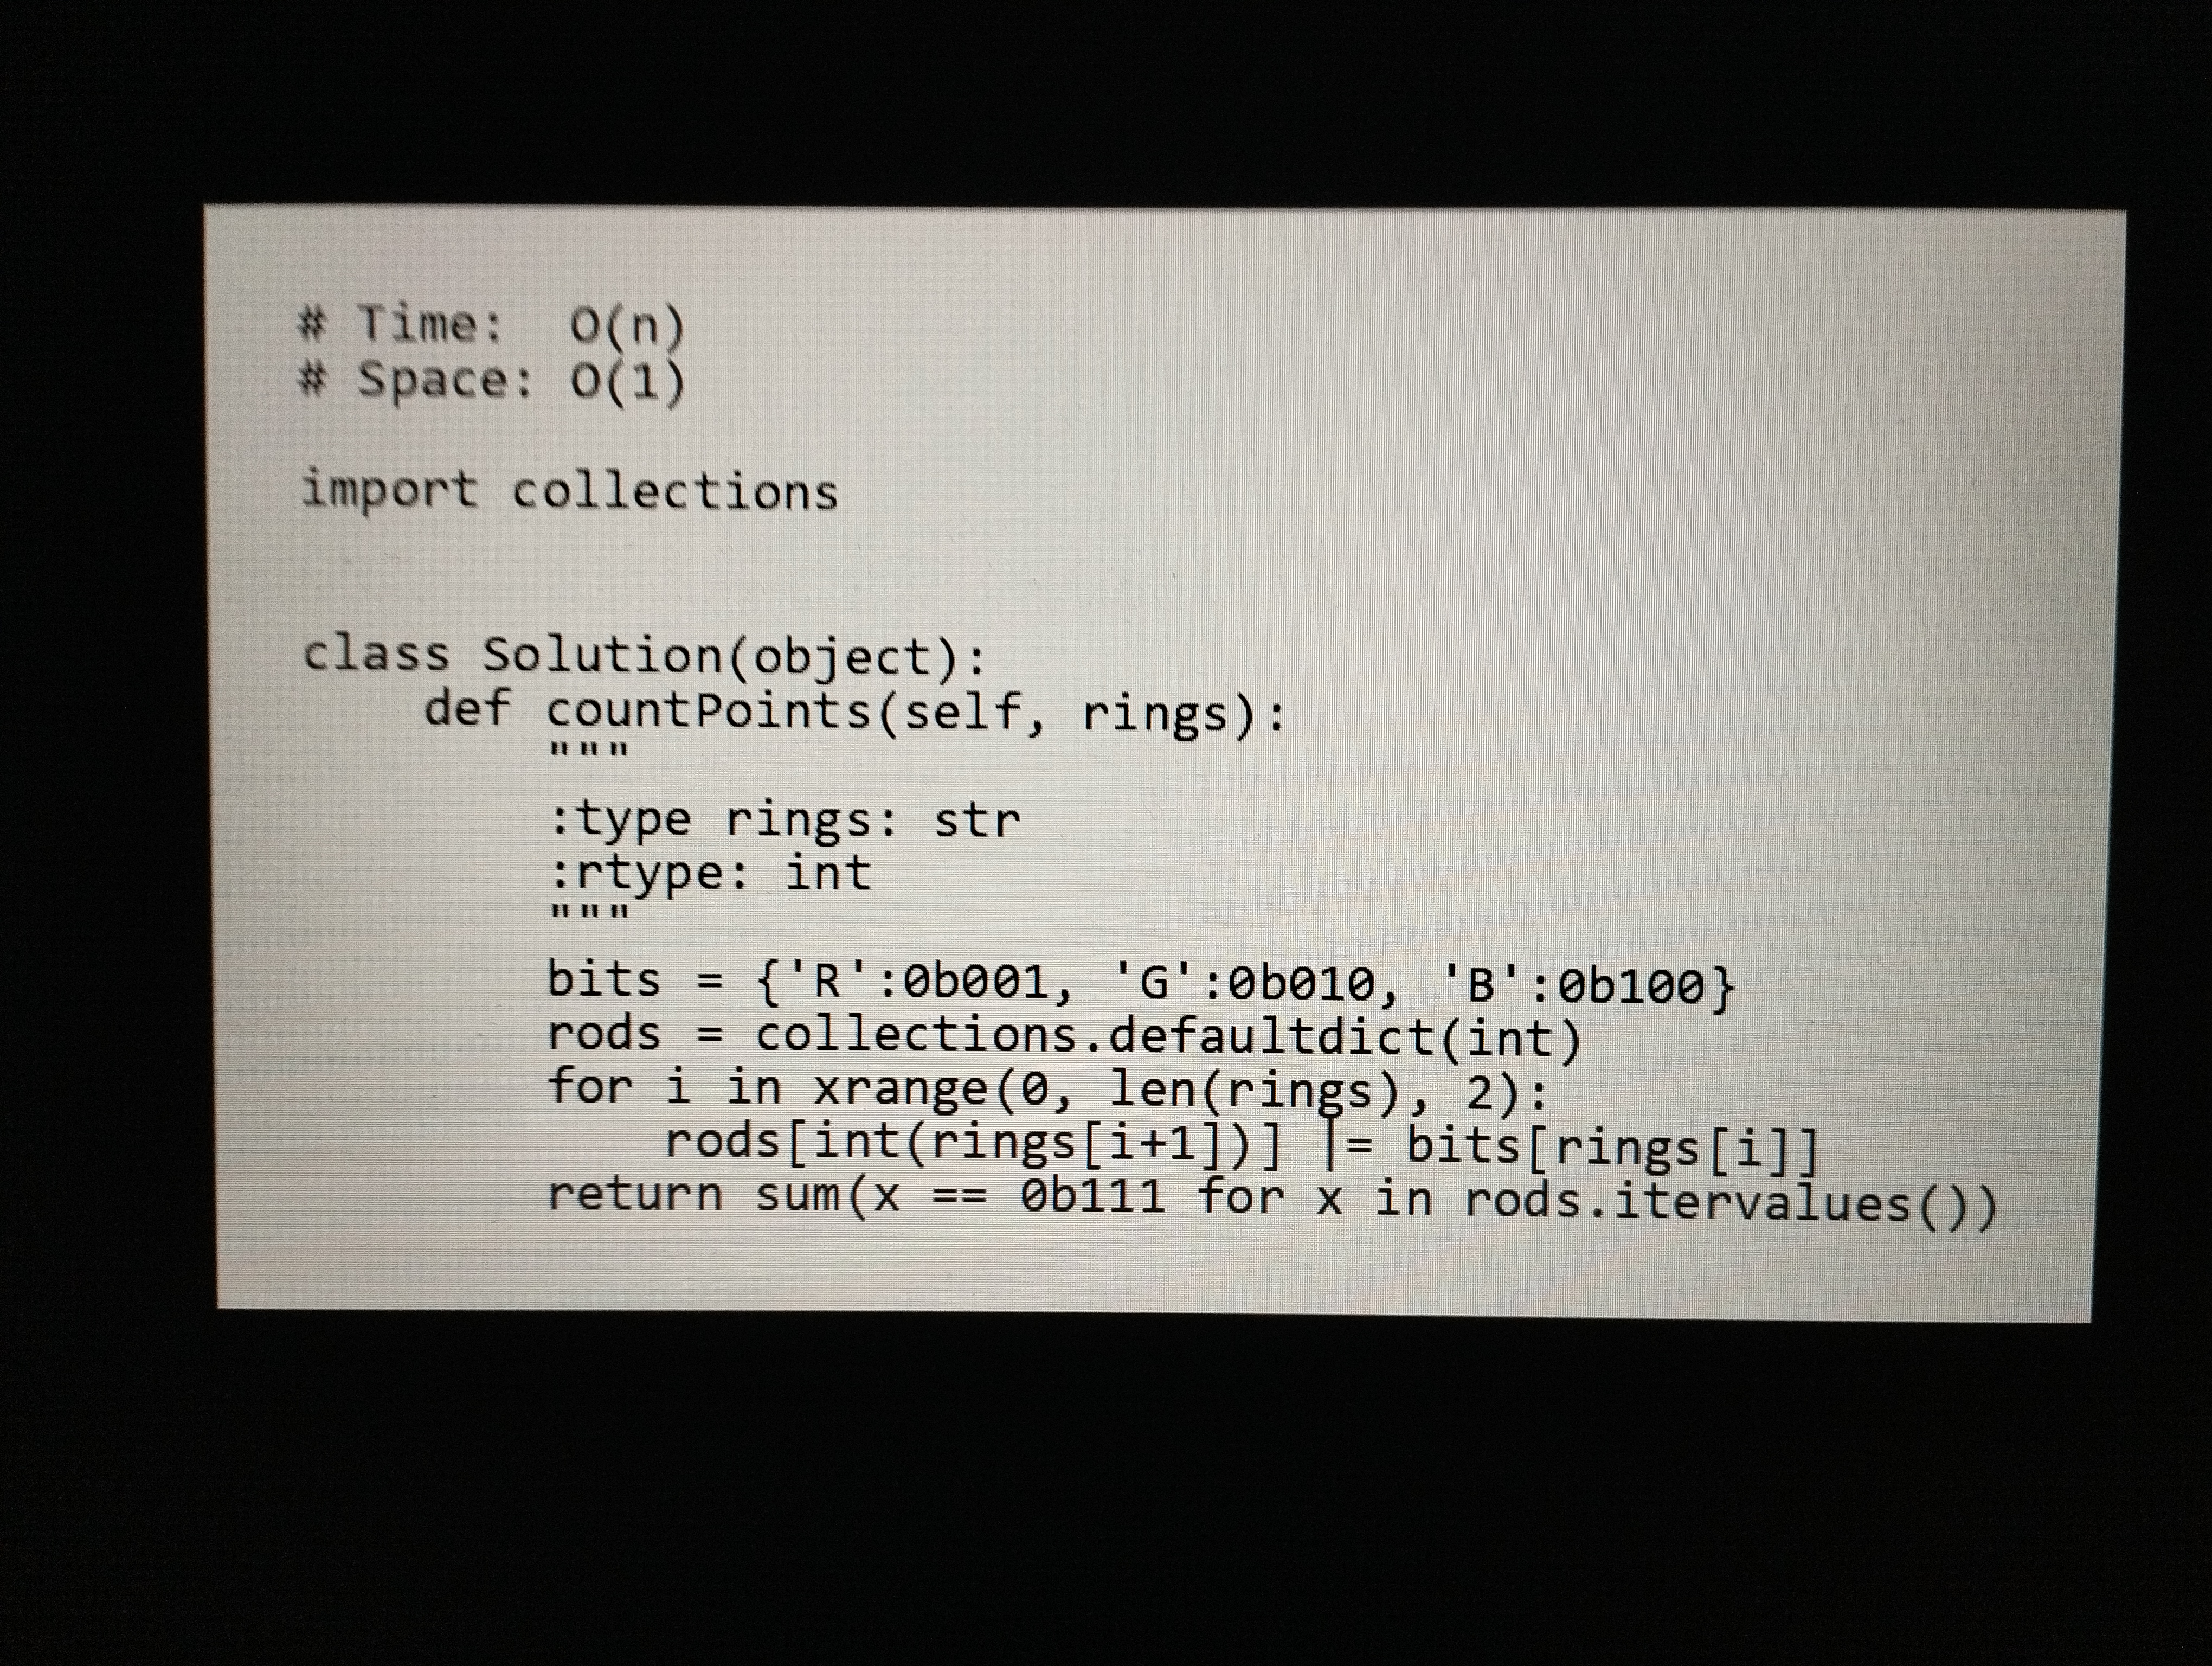
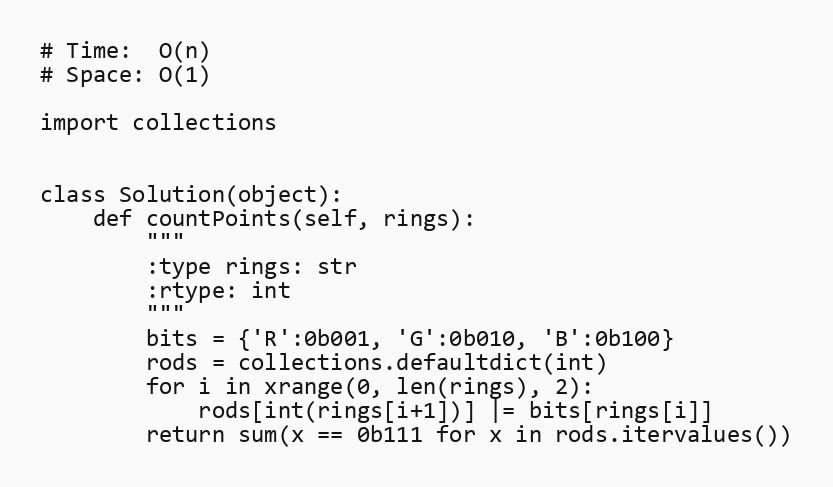
# Time:  O(n)
# Space: O(1)

import collections

class Solution(object):
    def countPoints(self, rings):
        """
        :type rings: str
        :rtype: int
        """
        bits = {'R':0b001, 'G':0b010, 'B':0b100}
        rods = collections.defaultdict(int)
        for i in xrange(0, len(rings), 2):
            rods[int(rings[i+1])] |= bits[rings[i]]
        return sum(x == 0b111 for x in rods.itervalues())